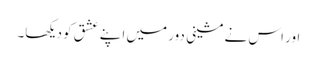
اور اس نے مشینی دور میں اپنے عشق کو دیکھا۔